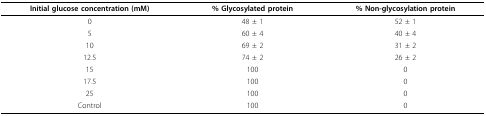
| Initial glucose concentration (mM) | % Glycosylated protein | % Non-glycosylation protein |
 | --- | --- | --- |
 | 0 | 48 ± 1 | 52 ± 1 |
 | 5 | 60 ± 4 | 40 ± 4 |
 | 10 | 69 ± 2 | 31 ± 2 |
 | 12.5 | 74 ± 2 | 26 ± 2 |
 | 15 | 100 | 0 |
 | 17.5 | 100 | 0 |
 | 25 | 100 | 0 |
 | Control | 100 | 0 |